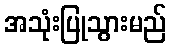
အသုံးပြုသွားမည်